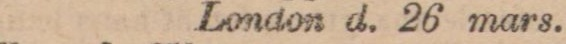
London d. 26 mars.